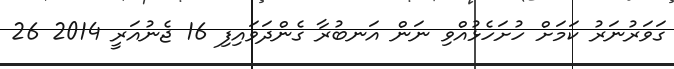
ގަވަރުނަރު ކަމަށް ހުށަހެޅުއްވި ނަން އަނބުރާ ގެންދަވައިފި 16 ޖެނުއަރީ 2014 26